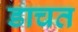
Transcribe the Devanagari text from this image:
डाचत